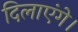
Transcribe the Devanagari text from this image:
दिलाएंगे।